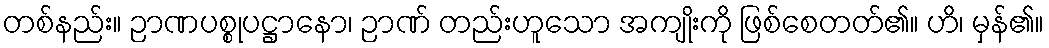
တစ်နည်း။ ဉာဏပစ္စုပဋ္ဌာနော၊ ဉာဏ် တည်းဟူသော အကျိုးကို ဖြစ်စေတတ်၏။ ဟိ၊ မှန်၏။